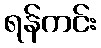
ရန်ကင်း